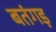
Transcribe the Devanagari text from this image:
बतंगड़